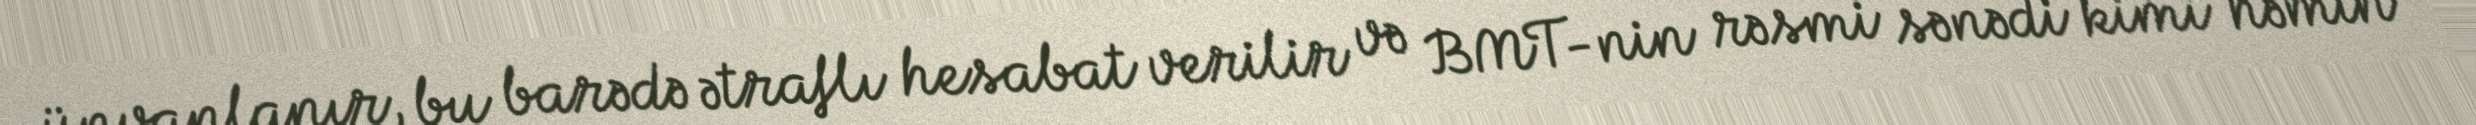
ünvanlanır, bu barədə ətraflı hesabat verilir və BMT-nin rəsmi sənədi kimi həmin